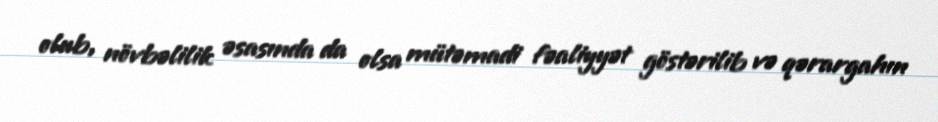
olub, növbəlilik əsasında da olsa mütəmadi fəaliyyət göstərilib və qərargahın